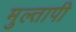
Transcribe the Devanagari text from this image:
मुल्तापी